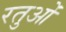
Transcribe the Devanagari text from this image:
रतुओं